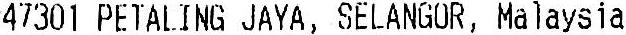
47301 PETALING JAYA, SELANGOR, MALAYSIA